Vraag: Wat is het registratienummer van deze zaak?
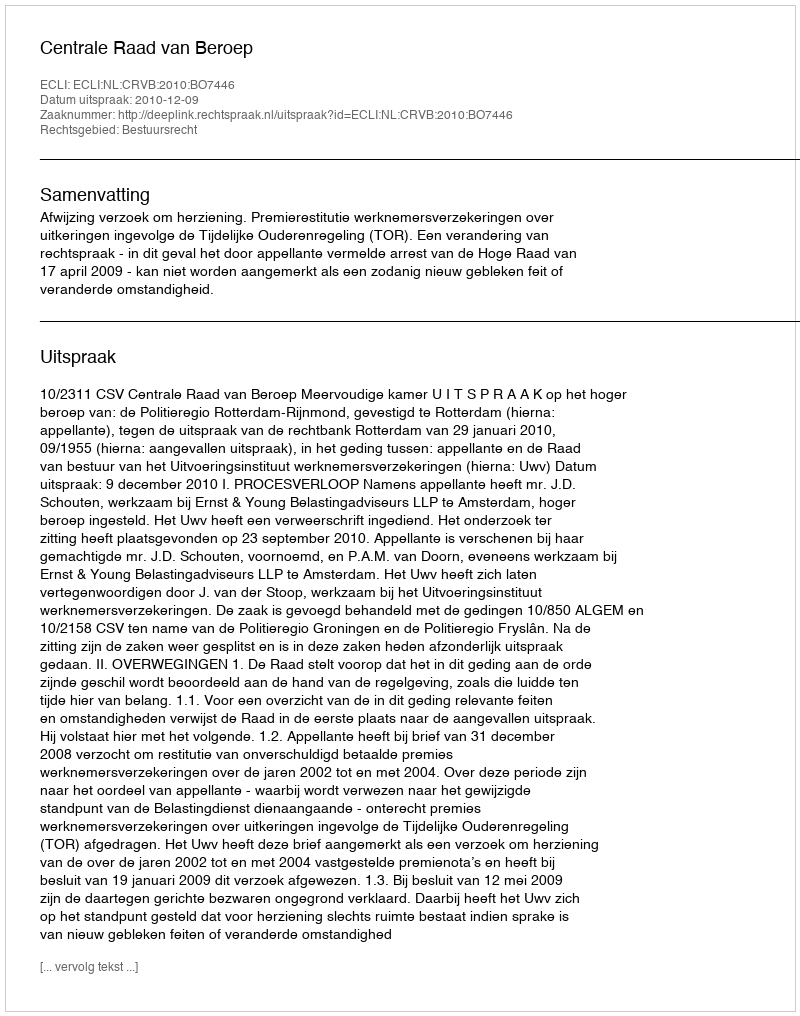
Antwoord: http://deeplink.rechtspraak.nl/uitspraak?id=ECLI:NL:CRVB:2010:BO7446